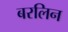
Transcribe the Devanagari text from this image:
बरलिन